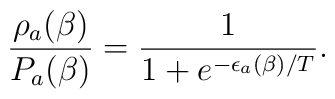
\frac{\rho_a(\beta)}{P_a(\beta)} =\frac{1}{1+e^{-\epsilon_a(\beta)/T}}.